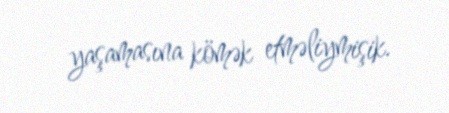
yaşamasına kömək etməliymişik.